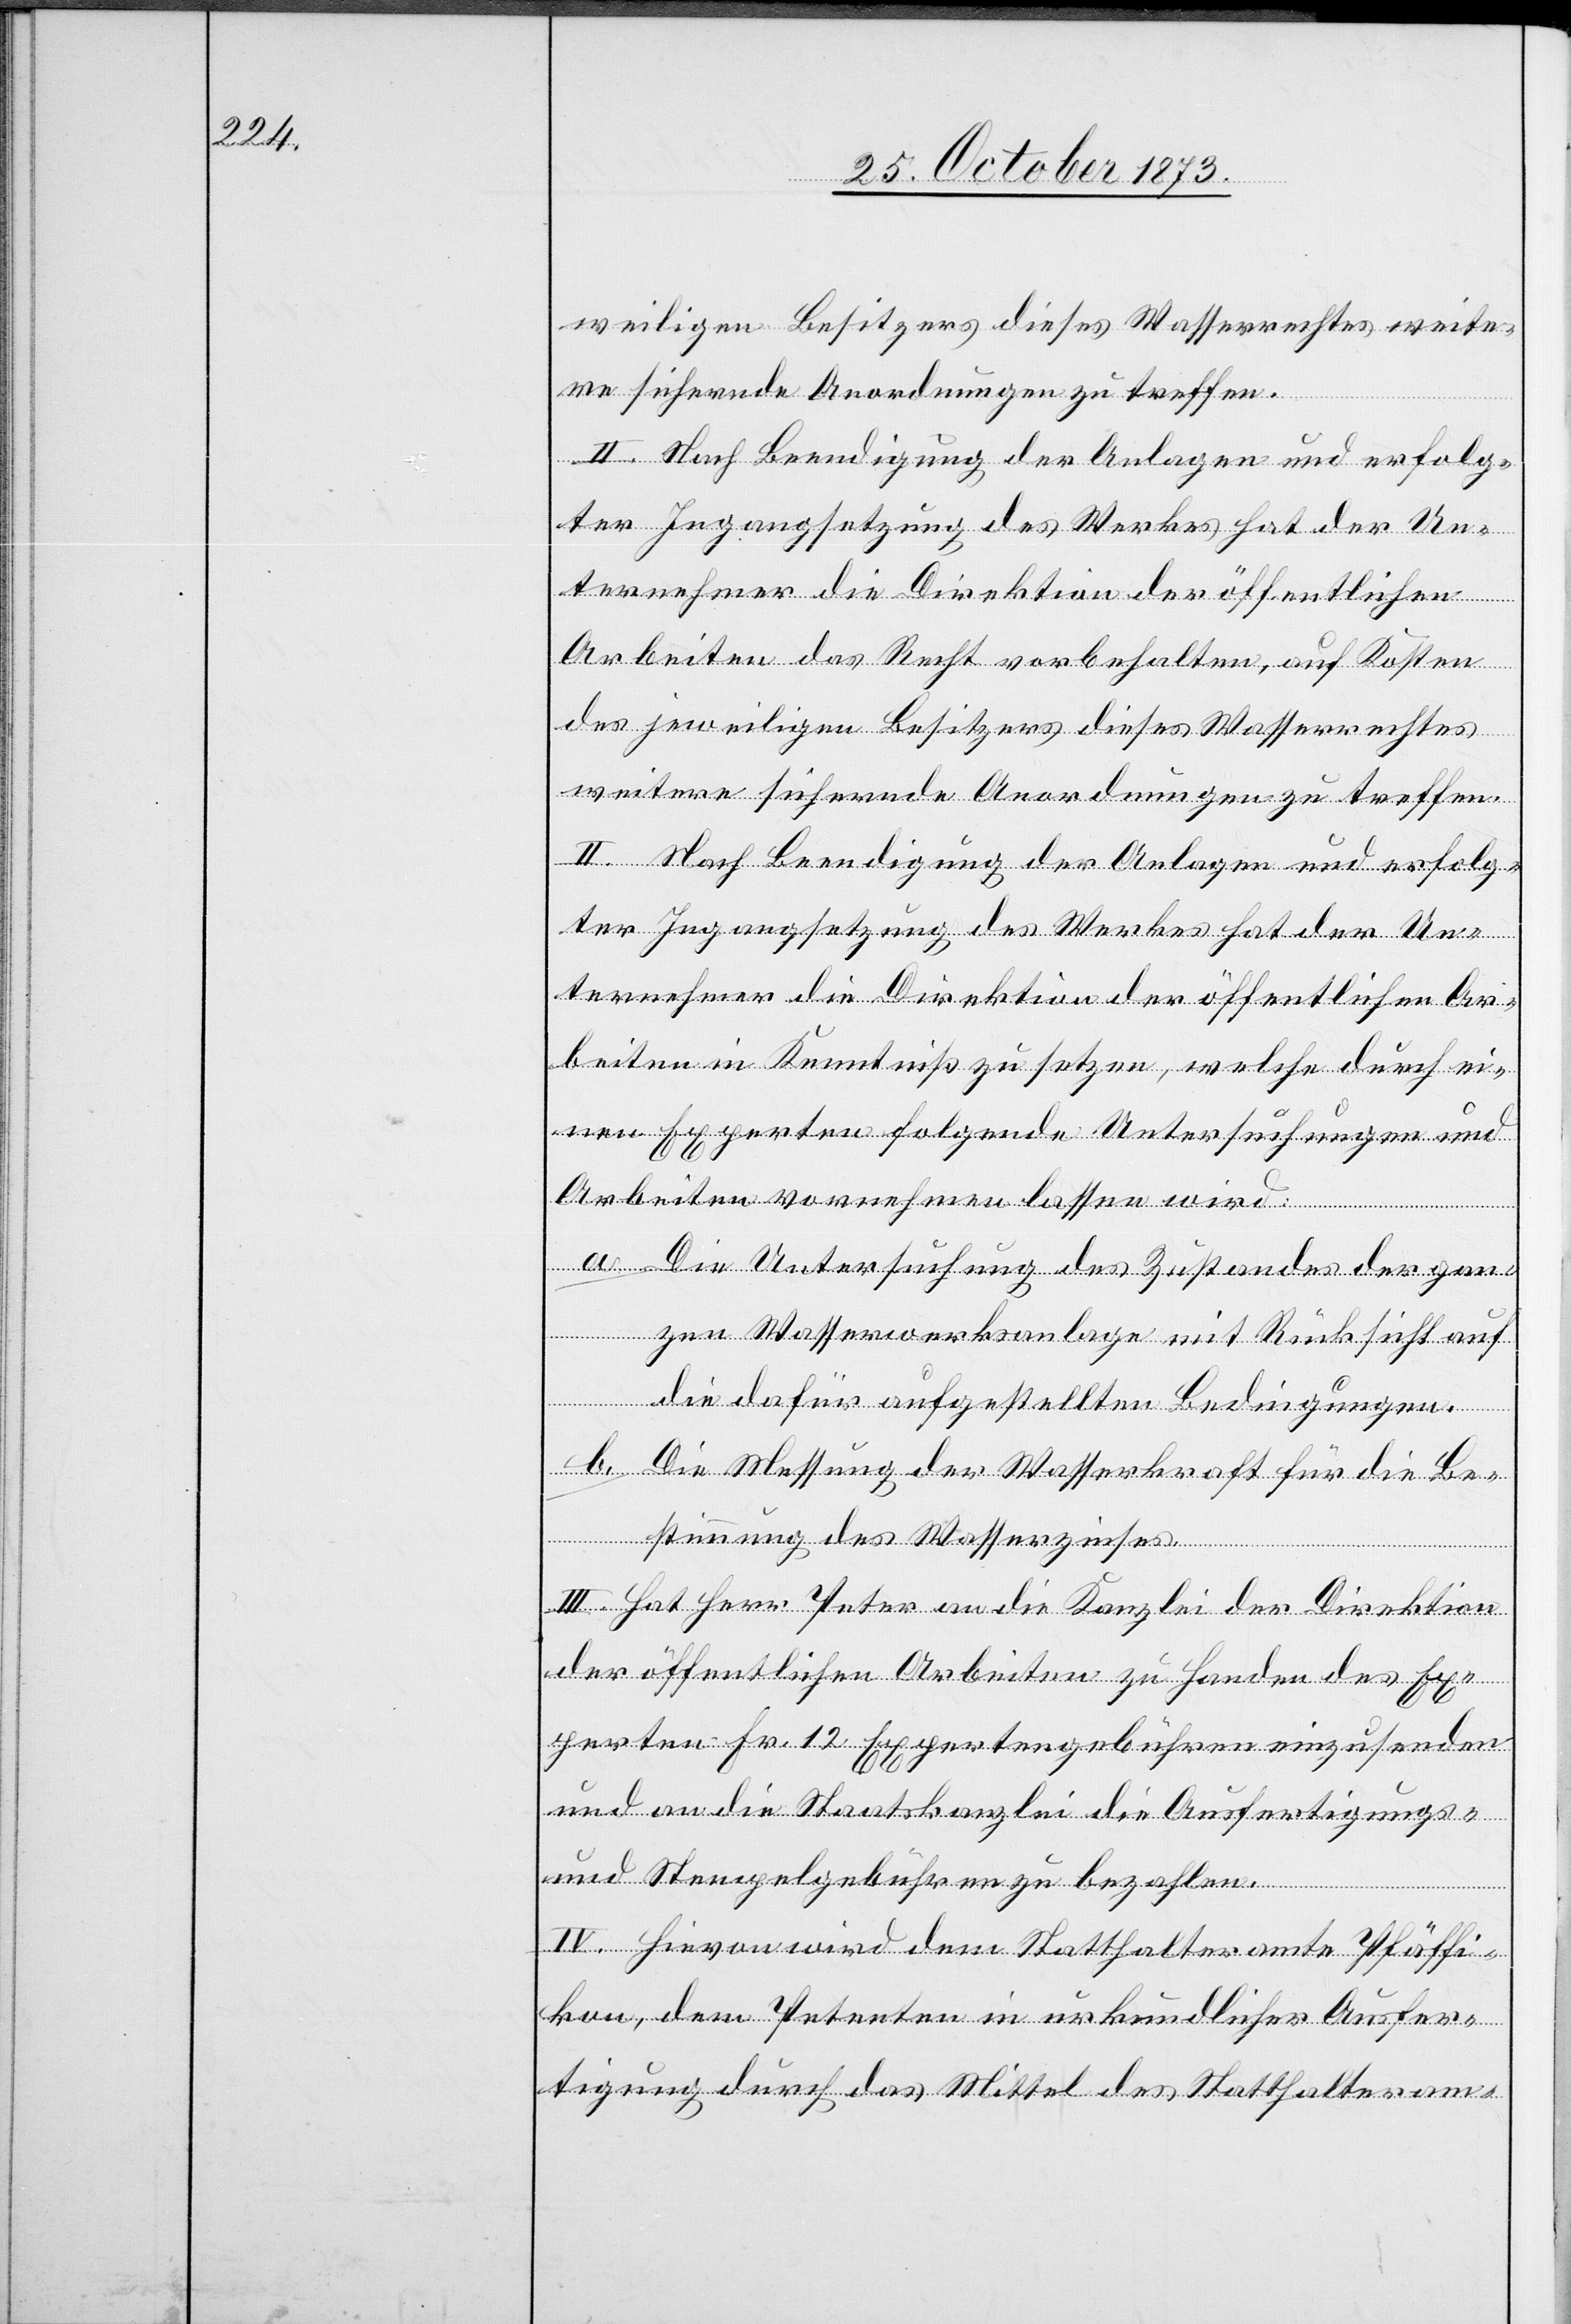
weiligen Besitzers dieses Wasserrechtes weite¬
re sichernde Anordnungen zu treffen.
II. Nach Beendigung der Anlagen und erfolg¬
ter Ingangsetzung des Werkes hat der Un¬
ternehmer die Direktion der öffentlichen
Arbeiten das Recht vorbehalten, auf Kosten
des jeweiligen Besitzers dieses Wasserrechtes
weitere sichernde Anordnungen zu treffen.
ternehmer die Direktion der öffentlichen Ar¬
beiten in Kenntniß zu setzen, welche durch ei¬
nen Experten folgende Untersuchungen und
Arbeiten vornehmen lassen wird:
a. Die Untersuchung des Zustandes der gan¬
zen Wasserwerksanlage mit Rücksicht auf
die dafür aufgestellten Bedingungen.
b. Die Messung der Wasserkraft für die Be¬
stimmung des Wasserzinses.
III. Hat Herr Peter an die Kanzlei der Direktion
der öffentlichen Arbeiten zu Handen des Ex¬
perten Fr. 12 Expertengebühren einzusenden
und an die Staatskanzlei die Ausfertigungs-
und Stempelgebühren zu bezahlen.
IV. Hievon wird dem Statthalteramte Pfäffi¬
kon, dem Petenten in urkundlicher Ausfer¬
tigung durch das Mittel des Statthalteram-